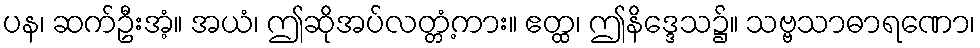
ပန၊ ဆက်ဦးအံ့။ အယံ၊ ဤဆိုအပ်လတ္တံ့ကား။ ဧတ္ထ၊ ဤနိဒ္ဒေသ၌။ သဗ္ဗသာဓာရဏော၊